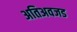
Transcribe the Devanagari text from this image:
अतिअवजड